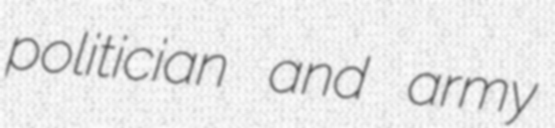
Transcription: politician and army